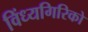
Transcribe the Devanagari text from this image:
विंध्यगिरिको